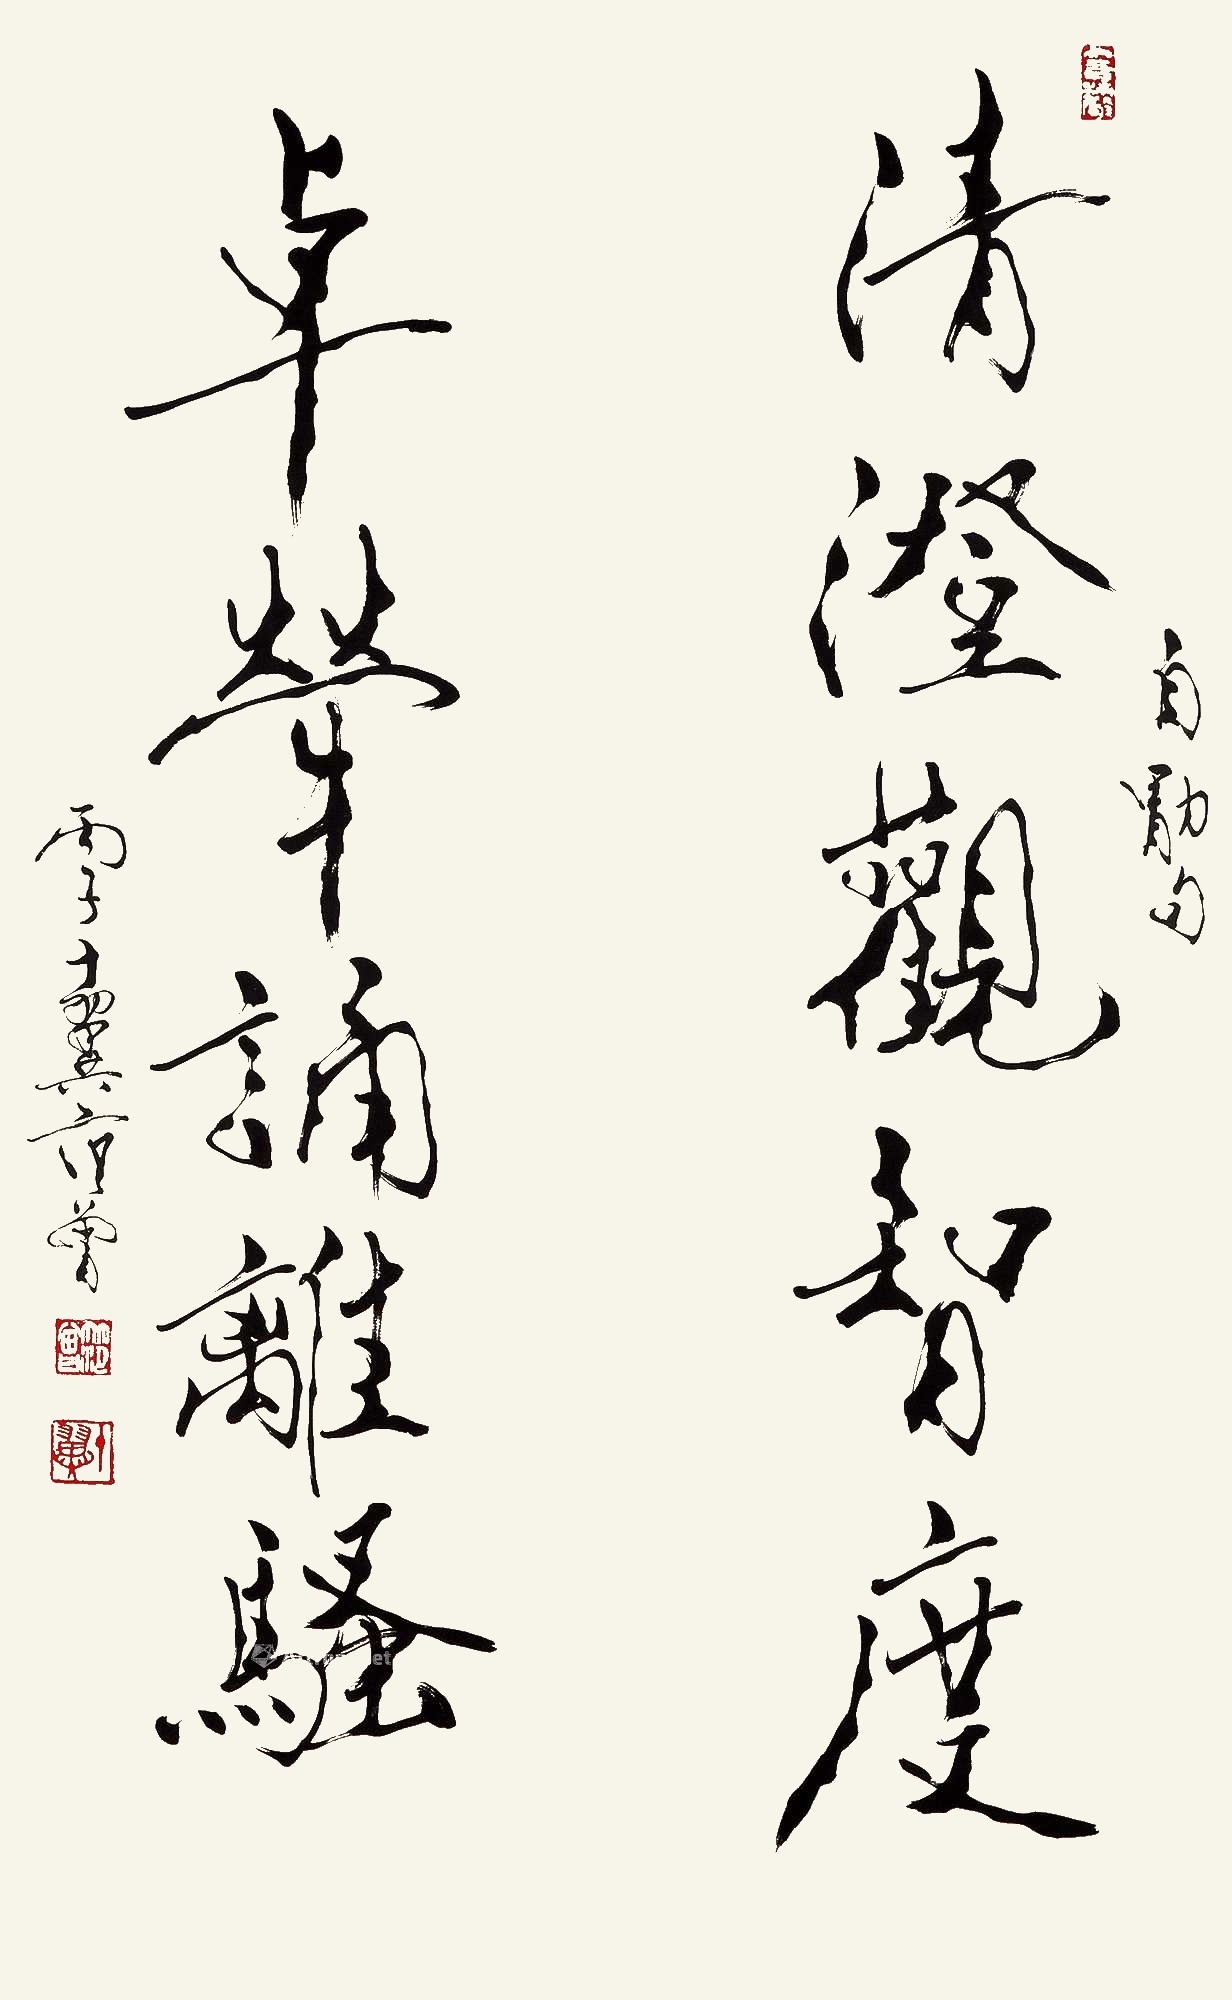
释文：清澄观智度，卓荦诵离骚。自勖句，丙子十翼范曾。